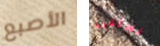
الأصبع نستفيد